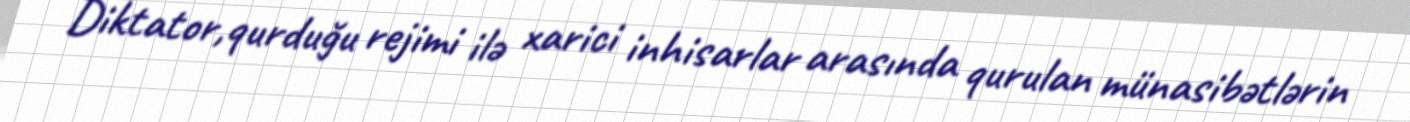
Diktator,qurduğu rejimi ilə xarici inhisarlar arasında qurulan münasibətlərin